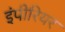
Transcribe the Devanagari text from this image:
इंपीरियर